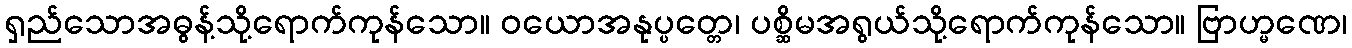
ရှည်သောအဓွန့်သို့ရောက်ကုန်သော။ ဝယောအနုပ္ပတ္တေ၊ ပစ္ဆိမအရွယ်သို့ရောက်ကုန်သော။ ဗြာဟ္မဏေ၊